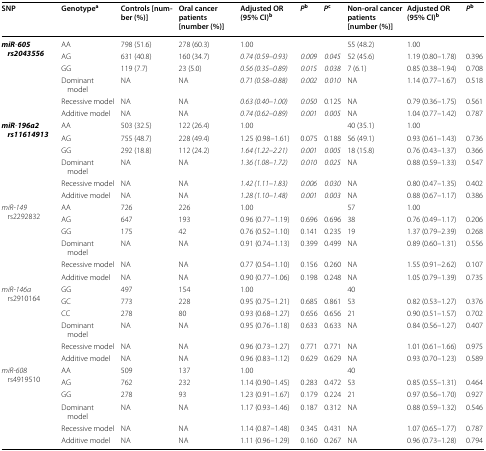
<table><thead><tr><td><b>SNP</b></td><td><b>Genotype<sup>a</sup></b></td><td><b>Controls [number (%)]</b></td><td><b>Oral cancer patients [number (%)]</b></td><td><b>Adjusted OR (95% CI)<sup>b</sup></b></td><td><b><i>P</i><sup>b</sup></b></td><td><b><i>P</i><sup>c</sup></b></td><td><b>Non-oral cancer patients [number (%)]</b></td><td><b>Adjusted OR (95% CI)<sup>b</sup></b></td><td><b><i>P</i><sup>b</sup></b></td></tr></thead><tbody><tr><td rowspan="6"><b><i>miR</i></b>-<b><i>605 rs2043556</i></b></td><td>AA</td><td>798 (51.6)</td><td>278 (60.3)</td><td colspan="3">1.00</td><td>55 (48.2)</td><td>1.00</td><td></td></tr><tr><td>AG</td><td>631 (40.8)</td><td>160 (34.7)</td><td><i>0.74 (0.59</i>–<i>0.93)</i></td><td><i>0.009</i></td><td><i>0.045</i></td><td>52 (45.6)</td><td>1.19 (0.80–1.78)</td><td>0.396</td></tr><tr><td>GG</td><td>119 (7.7)</td><td>23 (5.0)</td><td><i>0.56 (0.35</i>–<i>0.89)</i></td><td><i>0.015</i></td><td><i>0.038</i></td><td>7 (6.1)</td><td>0.85 (0.38–1.94)</td><td>0.708</td></tr><tr><td>Dominant model</td><td>NA</td><td>NA</td><td><i>0.71 (0.58</i>–<i>0.88)</i></td><td><i>0.002</i></td><td><i>0.010</i></td><td>NA</td><td>1.14 (0.77–1.67)</td><td>0.518</td></tr><tr><td>Recessive model</td><td>NA</td><td>NA</td><td><i>0.63 (0.40</i>–<i>1.00)</i></td><td><i>0.050</i></td><td>0.125</td><td>NA</td><td>0.79 (0.36–1.75)</td><td>0.561</td></tr><tr><td>Additive model</td><td>NA</td><td>NA</td><td><i>0.74 (0.62</i>–<i>0.89)</i></td><td><i>0.001</i></td><td><i>0.005</i></td><td>NA</td><td>1.04 (0.77–1.42)</td><td>0.787</td></tr><tr><td rowspan="6"><b><i>miR</i></b>-<b><i>196a2 rs11614913</i></b></td><td>AA</td><td>503 (32.5)</td><td>122 (26.4)</td><td colspan="3">1.00</td><td>40 (35.1)</td><td>1.00</td><td></td></tr><tr><td>AG</td><td>755 (48.7)</td><td>228 (49.4)</td><td>1.25 (0.98–1.61)</td><td>0.075</td><td>0.188</td><td>56 (49.1)</td><td>0.93 (0.61–1.43)</td><td>0.736</td></tr><tr><td>GG</td><td>292 (18.8)</td><td>112 (24.2)</td><td><i>1.64 (1.22</i>–<i>2.21)</i></td><td><i>0.001</i></td><td><i>0.005</i></td><td>18 (15.8)</td><td>0.76 (0.43–1.37)</td><td>0.366</td></tr><tr><td>Dominant model</td><td>NA</td><td>NA</td><td><i>1.36 (1.08</i>–<i>1.72)</i></td><td><i>0.010</i></td><td><i>0.025</i></td><td>NA</td><td>0.88 (0.59–1.33)</td><td>0.547</td></tr><tr><td>Recessive model</td><td>NA</td><td>NA</td><td><i>1.42 (1.11</i>–<i>1.83)</i></td><td><i>0.006</i></td><td><i>0.030</i></td><td>NA</td><td>0.80 (0.47–1.35)</td><td>0.402</td></tr><tr><td>Additive model</td><td>NA</td><td>NA</td><td><i>1.28 (1.10</i>–<i>1.48)</i></td><td><i>0.001</i></td><td><i>0.003</i></td><td>NA</td><td>0.88 (0.67–1.17)</td><td>0.386</td></tr><tr><td rowspan="6"><i>miR</i>-<i>149</i> rs2292832</td><td>AA</td><td>726</td><td>226</td><td colspan="3">1.00</td><td>57</td><td>1.00</td><td></td></tr><tr><td>AG</td><td>647</td><td>193</td><td>0.96 (0.77–1.19)</td><td>0.696</td><td>0.696</td><td>38</td><td>0.76 (0.49–1.17)</td><td>0.206</td></tr><tr><td>GG</td><td>175</td><td>42</td><td>0.76 (0.52–1.10)</td><td>0.141</td><td>0.235</td><td>19</td><td>1.37 (0.79–2.39)</td><td>0.268</td></tr><tr><td>Dominant model</td><td>NA</td><td>NA</td><td>0.91 (0.74–1.13)</td><td>0.399</td><td>0.499</td><td>NA</td><td>0.89 (0.60–1.31)</td><td>0.556</td></tr><tr><td>Recessive model</td><td>NA</td><td>NA</td><td>0.77 (0.54–1.10)</td><td>0.156</td><td>0.260</td><td>NA</td><td>1.55 (0.91–2.62)</td><td>0.107</td></tr><tr><td>Additive model</td><td>NA</td><td>NA</td><td>0.90 (0.77–1.06)</td><td>0.198</td><td>0.248</td><td>NA</td><td>1.05 (0.79–1.39)</td><td>0.735</td></tr><tr><td rowspan="6"><i>miR</i>-<i>146a</i> rs2910164</td><td>GG</td><td>497</td><td>154</td><td colspan="3">1.00</td><td>40</td><td></td><td></td></tr><tr><td>GC</td><td>773</td><td>228</td><td>0.95 (0.75–1.21)</td><td>0.685</td><td>0.861</td><td>53</td><td>0.82 (0.53–1.27)</td><td>0.376</td></tr><tr><td>CC</td><td>278</td><td>80</td><td>0.93 (0.68–1.27)</td><td>0.656</td><td>0.656</td><td>21</td><td>0.90 (0.51–1.57)</td><td>0.702</td></tr><tr><td>Dominant model</td><td>NA</td><td>NA</td><td>0.95 (0.76–1.18)</td><td>0.633</td><td>0.633</td><td>NA</td><td>0.84 (0.56–1.27)</td><td>0.407</td></tr><tr><td>Recessive model</td><td>NA</td><td>NA</td><td>0.96 (0.73–1.27)</td><td>0.771</td><td>0.771</td><td>NA</td><td>1.01 (0.61–1.66)</td><td>0.975</td></tr><tr><td>Additive model</td><td>NA</td><td>NA</td><td>0.96 (0.83–1.12)</td><td>0.629</td><td>0.629</td><td>NA</td><td>0.93 (0.70–1.23)</td><td>0.589</td></tr><tr><td rowspan="4"><i>miR</i>-<i>608</i> rs4919510</td><td>AA</td><td>509</td><td>137</td><td colspan="3">1.00</td><td>40</td><td></td><td></td></tr><tr><td>AG</td><td>762</td><td>232</td><td>1.14 (0.90–1.45)</td><td>0.283</td><td>0.472</td><td>53</td><td>0.85 (0.55–1.31)</td><td>0.464</td></tr><tr><td>GG</td><td>278</td><td>93</td><td>1.23 (0.91–1.67)</td><td>0.179</td><td>0.224</td><td>21</td><td>0.97 (0.56–1.70)</td><td>0.927</td></tr><tr><td>Dominant model</td><td>NA</td><td>NA</td><td>1.17 (0.93–1.46)</td><td>0.187</td><td>0.312</td><td>NA</td><td>0.88 (0.59–1.32)</td><td>0.546</td></tr><tr><td></td><td>Recessive model</td><td>NA</td><td>NA</td><td>1.14 (0.87–1.48)</td><td>0.345</td><td>0.431</td><td>NA</td><td>1.07 (0.65–1.77)</td><td>0.787</td></tr><tr><td></td><td>Additive model</td><td>NA</td><td>NA</td><td>1.11 (0.96–1.29)</td><td>0.160</td><td>0.267</td><td>NA</td><td>0.96 (0.73–1.28)</td><td>0.794</td></tr></tbody></table>